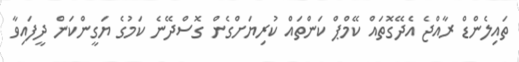
ތައިލެންޑް ރާއްޖެ އެދޭގޮތައް ކޭމްޕް ކަންތައް ކުރިޔަށްގެން ގޮސްދޭނެ ކަމުގެ ޔަގީންކަން ދީފައިވާ